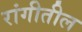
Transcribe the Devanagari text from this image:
रांगीतील